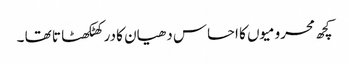
کچھ محرومیوں کا احساس دھیان کا در کھٹکھٹا تا تھا ۔